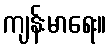
ကျန်းမာရေး။